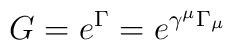
G=e^{\Gamma}=e^{\gamma ^{\mu}\Gamma _{\mu}}